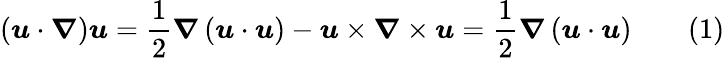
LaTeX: \left({\boldsymbol{u}}\cdot{\boldsymbol{\nabla}}\right){\boldsymbol{u}}={\frac{1}{2}}{\boldsymbol{\nabla}}\left({\boldsymbol{u}}\cdot{\boldsymbol{u}}\right)-{\boldsymbol{u}}\times{\boldsymbol{\nabla}}\times{\boldsymbol{u}}={\frac{1}{2}}{\boldsymbol{\nabla}}\left({\boldsymbol{u}}\cdot{\boldsymbol{u}}\right)\qquad(1)